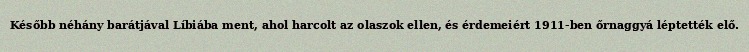
Később néhány barátjával Líbiába ment, ahol harcolt az olaszok ellen, és érdemeiért 1911-ben őrnaggyá léptették elő.